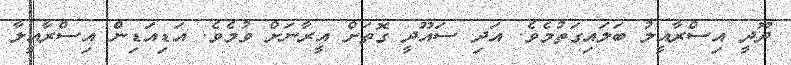
ދޫދީ އިސްރާއީލު ބަލައިގަތުމެވެ. އަދި ސައޫދީ ގޮތަށް އީރާނަށް ވުމެވެ. އަޑިއަޑިން އިސްރާއީލާ